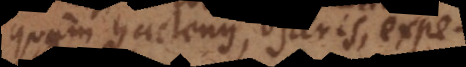
quam hactenus, operis, expectanda